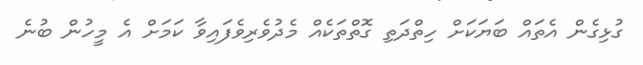
ގުޅިގެން އެތައް ބަޔަކަށް ހިތްދަތި ގޮތްތަކެއް މެދުވެރިވެފައިވާ ކަމަށް އެ މީހުން ބުނެ